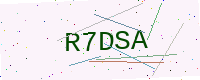
Text: R7DSA